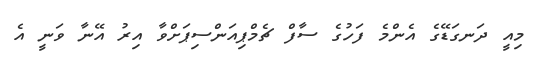
މިއީ ދަނގަޑޭގެ އެންމެ ފަހުގެ ސާފް ޗެމްޕިއަންސިޕަށްވާ އިރު އޭނާ ވަނީ އެ